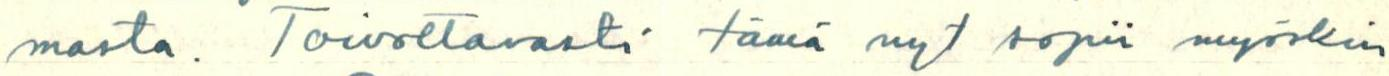
masta. Toivottavasti tämä nyt sopii myöskin